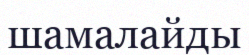
шамалайды